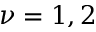
\nu = 1 , 2